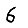
Digit: 6